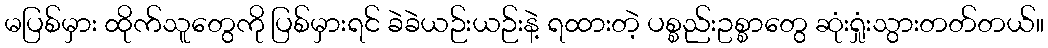
မပြစ်မှား ထိုက်သူတွေကို ပြစ်မှားရင် ခဲခဲယဉ်းယဉ်းနဲ့ ရထားတဲ့ ပစ္စည်းဥစ္စာတွေ ဆုံးရှုံးသွားတတ်တယ်။